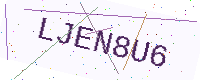
Text: LJEN8U6